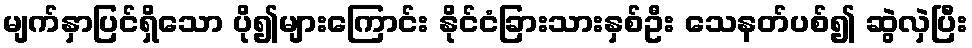
မျက်နှာပြင်ရှိသော ပို၍များကြောင်း နိုင်ငံခြားသားနှစ်ဦး သေနတ်ပစ်၍ ဆွဲလှဲပြီး